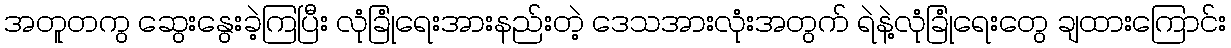
အတူတကွ ဆွေးနွေးခဲ့ကြပြီး လုံခြုံရေးအားနည်းတဲ့ ဒေသအားလုံးအတွက် ရဲနဲ့လုံခြုံရေးတွေ ချထားကြောင်း